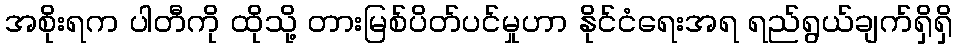
အစိုးရက ပါတီကို ထိုသို့ တားမြစ်ပိတ်ပင်မှုဟာ နိုင်ငံရေးအရ ရည်ရွယ်ချက်ရှိရှိ